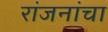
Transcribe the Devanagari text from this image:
रांजनांचा